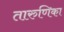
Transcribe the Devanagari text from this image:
तारुणिका